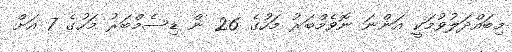
މިބައްދަލުވުމަކީ އަންނަ ނޮވެމްބަރު މަހުގެ 26 ން ޑިސެމްބަރު މަހުގެ 7 އަށް